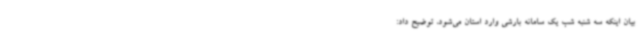
بیان اینکه سه شنبه شب یک سامانه بارشی وارد استان می‌شود، توضیح داد: